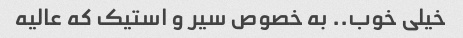
خیلی خوب.. به خصوص سیر و استیک که عالیه